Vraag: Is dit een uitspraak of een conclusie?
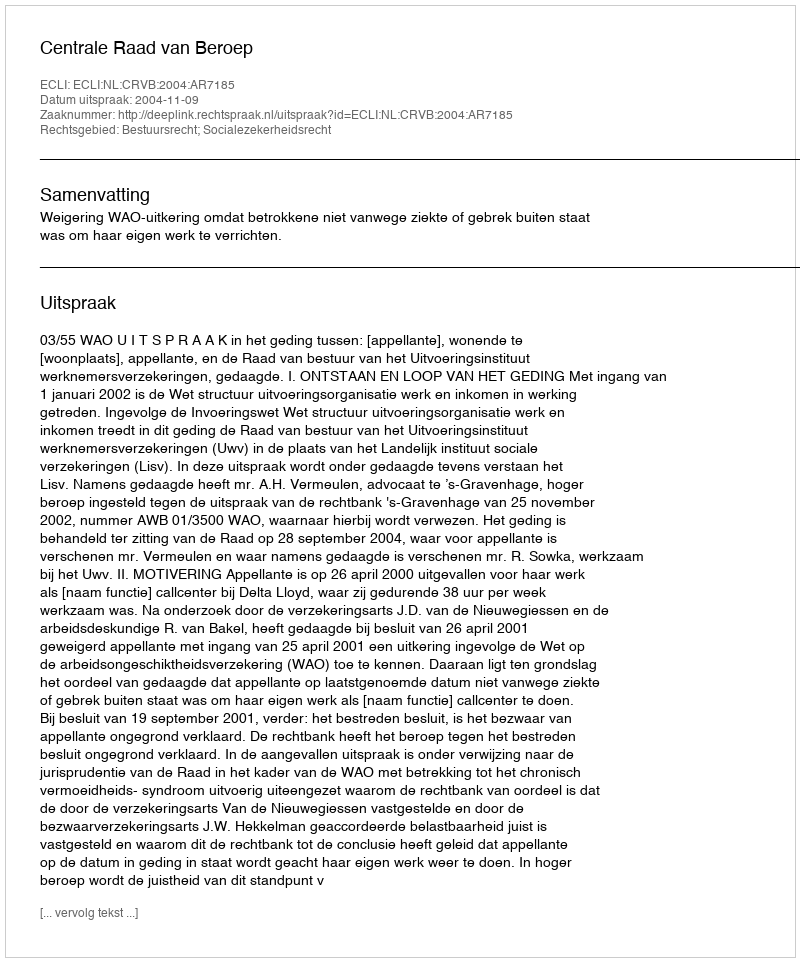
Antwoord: Uitspraak